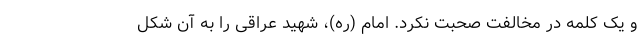
و یک کلمه در مخالفت صحبت نکرد. امام (ره)، شهید عراقی را به آن شکل